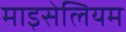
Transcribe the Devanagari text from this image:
माइसेलियम